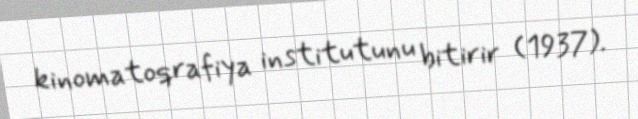
kinomatoqrafiya institutunu bitirir (1937).